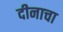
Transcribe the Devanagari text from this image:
दीनाचा